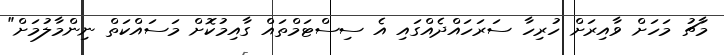
މާޗު މަހަށް ވާއިރަށް ހުރިހާ ސަރަހައްދެއްގައި އެ ސިސްޓަމްތައް ގާއިމުކޮށް މަސައްކަތް ނިންމާލުމަށް"